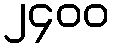
၂၄၀၀